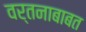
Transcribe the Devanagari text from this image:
वर्तनाबाबत